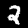
Digit: 2